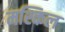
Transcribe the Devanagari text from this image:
मश्किल